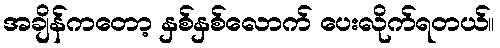
အချိန်ကတော့ နှစ်နှစ်လောက် ပေးလိုက်ရတယ်။